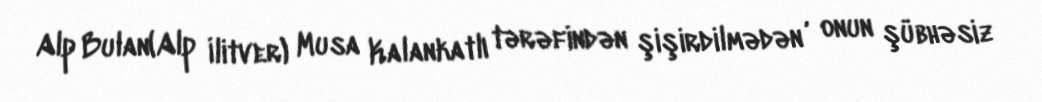
Alp Bulan(Alp İlitver) Musa Kalankatlı tərəfindən şişirdilmədən , onun şübhəsiz